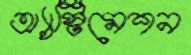
অ্যাস্টিমেশন